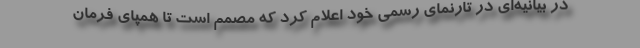
در بیانیه‌ای در تارنمای رسمی خود اعلام کرد که مصمم است تا همپای فرمان